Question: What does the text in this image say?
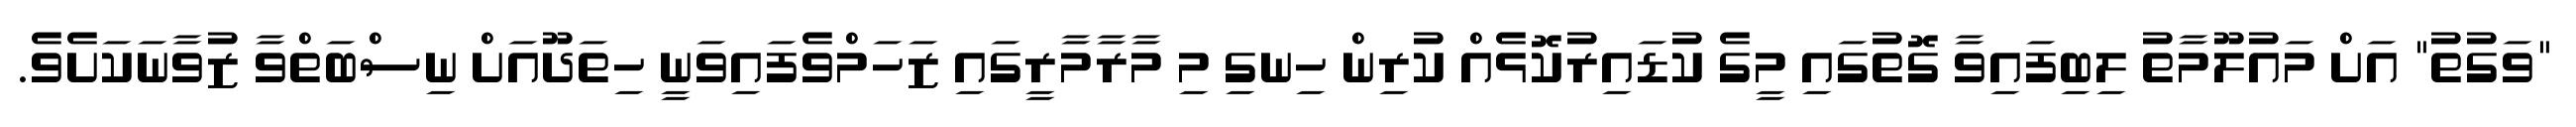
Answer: "ވަގުތު" އަށް މައުލޫމާތު ލިބިފައިވާ ގޮތުގައި މީގެ ކުޑައިރުކޮޅެއް ކުރިން ހިނގި މި މާރާމާރީގައި ޒަހަމްވެފައިވަނީ ހިތަދޫއަށް ނިސްބަތްވާ ޒުވާނަކަށެވެ.